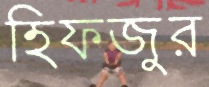
হিফজুর